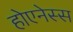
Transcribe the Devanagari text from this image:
होएनेस्स